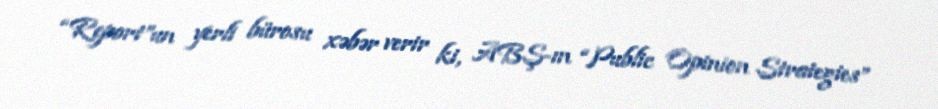
“Report”un yerli bürosu xəbər verir ki, ABŞ-ın “Public Opinion Strategies”